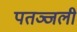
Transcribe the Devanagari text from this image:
पतञ्जली